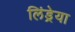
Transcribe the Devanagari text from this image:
लिंड्रेया